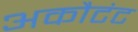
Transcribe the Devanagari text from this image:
अकौटंट